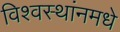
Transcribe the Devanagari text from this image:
विश्वस्थांनमधे